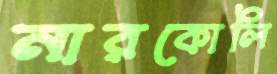
নারকোলি